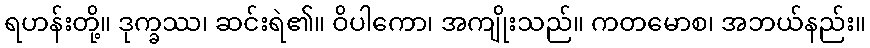
ရဟန်းတို့။ ဒုက္ခဿ၊ ဆင်းရဲ၏။ ဝိပါကော၊ အကျိုးသည်။ ကတမောစ၊ အဘယ်နည်း။